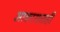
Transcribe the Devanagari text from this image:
आकाशातही